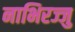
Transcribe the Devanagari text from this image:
नाभिरज्जु